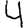
Digit: 4